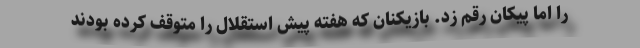
را اما پیکان رقم زد. بازیکنان که هفته پیش استقلال را متوقف کرده بودند